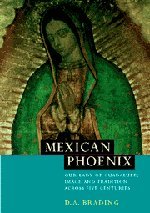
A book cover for Mexican Phoenix: Our Lady of Guadalupe: Image and Tradition across Five Centuries; D. A. Brading; Christian Books & Bibles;